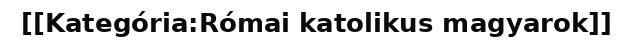
[[Kategória:Római katolikus magyarok]]